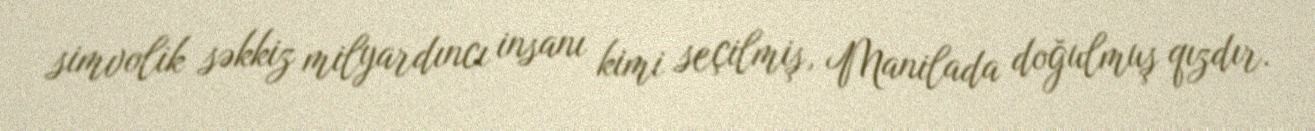
simvolik səkkiz milyardıncı insanı kimi seçilmiş, Manilada doğulmuş qızdır.